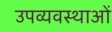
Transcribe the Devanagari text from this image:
उपव्यवस्थाओं